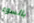
بالسوء